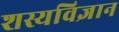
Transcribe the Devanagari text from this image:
शस्यविज्ञान